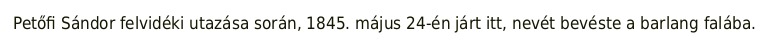
Petőfi Sándor felvidéki utazása során, 1845. május 24-én járt itt, nevét bevéste a barlang falába.